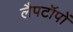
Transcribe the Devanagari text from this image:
लैपटॉपों